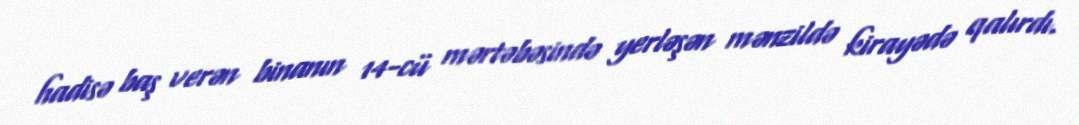
hadisə baş verən binanın 14-cü mərtəbəsində yerləşən mənzildə kirayədə qalırdı.